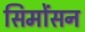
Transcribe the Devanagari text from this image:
सिमोंसन